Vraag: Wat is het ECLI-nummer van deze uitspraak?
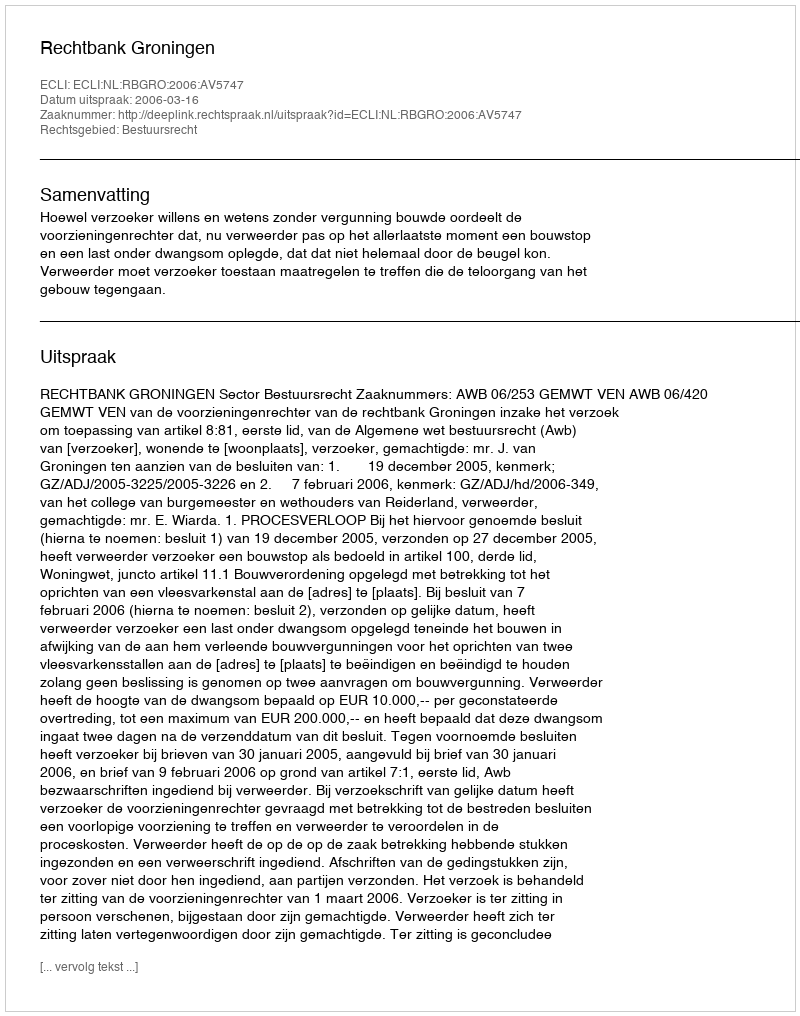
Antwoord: ECLI:NL:RBGRO:2006:AV5747